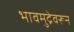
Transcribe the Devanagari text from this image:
भावमुद्रेवरून